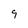
Character: 9